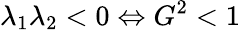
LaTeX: \lambda_{1}\lambda_{2}<0\Leftrightarrow G^{2}<1